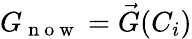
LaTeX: G_{\mathrm{~n~o~w~}}=\vec{G}(C_{i})